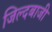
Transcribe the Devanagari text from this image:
जिल्दबाजी